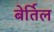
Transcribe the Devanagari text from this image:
बेर्तिल